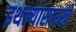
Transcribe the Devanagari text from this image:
इथल्यासारखे